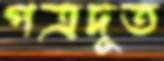
পত্রদূত